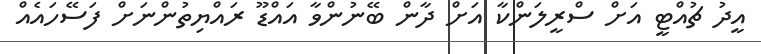
އީދު ޗުއްޓީ އަށް ސްރީލަންކާ އަށް ދާން ބޭނުންވާ އައްޑޫ ރައްޔިތުންނަށް ފަސޭހައެއް